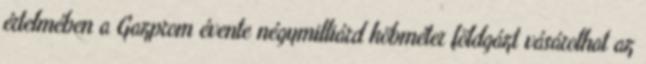
értelmében a Gazprom évente négymilliárd köbméter földgázt vásárolhat az